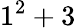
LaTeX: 1^{2}+3